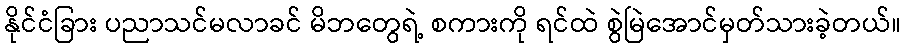
နိုင်ငံခြား ပညာသင်မလာခင် မိဘတွေရဲ့ စကားကို ရင်ထဲ စွဲမြဲအောင်မှတ်သားခဲ့တယ်။